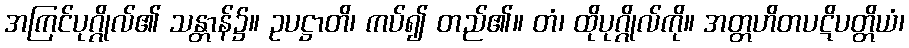
အကြင်ပုဂ္ဂိုလ်၏ သန္တာန်၌။ ဥပဋ္ဌာတိ၊ ကပ်၍ တည်၏။ တံ၊ ထိုပုဂ္ဂိုလ်ကို။ အတ္တဟိတပဋိပတ္တိယံ၊